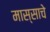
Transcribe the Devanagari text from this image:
मास्साचे